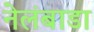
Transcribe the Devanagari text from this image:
नेलंबाडा